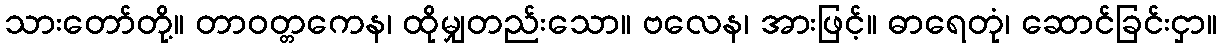
သားတော်တို့။ တာဝတ္တကေန၊ ထိုမျှတည်းသော။ ဗလေန၊ အားဖြင့်။ ဓာရေတုံ၊ ဆောင်ခြင်းငှာ။